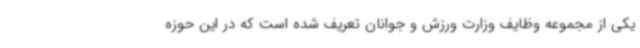
یکی از مجموعه وظایف وزارت ورزش و جوانان تعریف شده است که در این حوزه